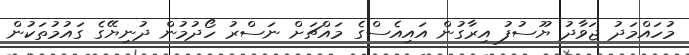
މުހައްމަދު ޖަވާދު ޔޫސުފު އިރާގުން އައިއެސްގެ މައްޗަށް ނަސްރު ހޯދުމުން ދުނިޔޭގެ ގައުމުތަކުން